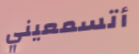
أتسمعيني